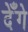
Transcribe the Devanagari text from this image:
देँगे